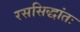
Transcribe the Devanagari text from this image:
रससिद्धांतः